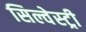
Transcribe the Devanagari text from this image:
सिल्वेस्ट्री